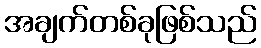
အချက်တစ်ခုဖြစ်သည်